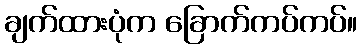
ချက်ထားပုံက ခြောက်ကပ်ကပ်။